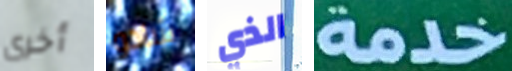
أخرى شادو الذي خدمة